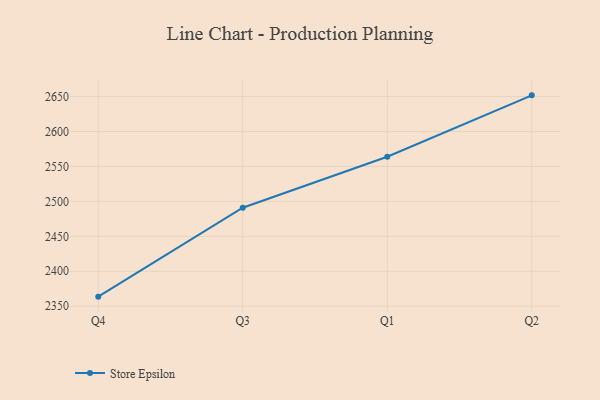
{"axis": {"x": "Quarter", "y": "Inventory Turnover"}, "legend": ["Store Epsilon"], "data": [{"x": "Q4", "y": 2363.7, "type": "Store Epsilon"}, {"x": "Q3", "y": 2490.9, "type": "Store Epsilon"}, {"x": "Q1", "y": 2563.9, "type": "Store Epsilon"}, {"x": "Q2", "y": 2651.8, "type": "Store Epsilon"}]}